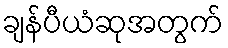
ချန်ပီယံဆုအတွက်